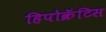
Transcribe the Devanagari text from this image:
हिपोक्रॅटिस